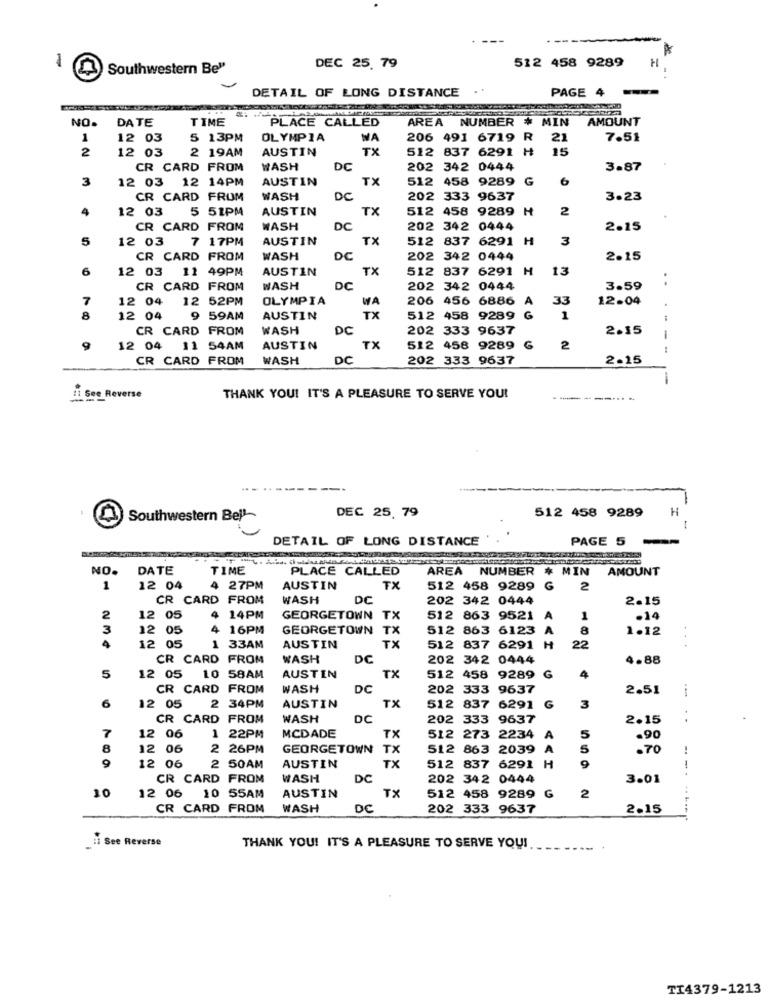
512 458 9289
1
Southwestern Be"
DEC 25. 79
DETAIL OF LONG DISTANCE
..
PAGE 4
NO.
DATE
TIME
PLACE CALLED
AREA NUMBER # MIN
AMOUNT
1
12 03
5 13PM
OLYMPIA
WA
206 491 6719 R 21
21
7.51
2
12 03
2 19AM
AUSTIN
TX
512 837 6291 H
15
CR CARD FROM
WASH
DC
202 342 0444
3.87
3
12 03 12 14PM
AUSTIN
TX
512 458 9289
G
6
CR CARD FROM
WASH
DC
202 333 9637
3.23
4
12 03
5 51PM
AUSTIN
TX
512 458 9289 H
2
CR CARD FROM
WASH
DC
202 342 0444
2.15
5
12 03
7 17PM
AUSTIN
TX
512 837 6291 H
3
CR CARD FROM
WASH
202 342 0444
2.15
6
12 03 11 49PM
AUSTIN
Tx
512 837 6291 H
13
CR CARD FROM
WASH
DC
202 342 0444
3.59
7
12 04
12 52PM
OLYMPIA
WA
206 456 6886
A
33
12.04
8
12 04
9 59AM
AUSTIN
TX
512 458 9289 G
1
.-
CR CARD FROM
WASH
DC
202 333 9637
2.15
12 04 11 54AM
AUSTIN
TX
512 458 9289
G
2
:
CR CARD FROM
WASH
DC
202 333 9637
2.15
11 See Reverse
THANK YOU! IT'S A PLEASURE TO SERVE YOU!
....
DEC 25, 79
512 458 9289
H
Southwestern Bell-
DETAIL OF LONG DISTANCE
PAGE 5
NO.
DATE
TIME
PLACE CALLED
AREA NUMBER # MIN
AMOUNT
1
12 04
4 27PM
AUSTIN
TX
512 458 9289 G
2
CR CARD FROM
WASH
DC
202 342 0444
2.15
2
12 05
14PM
GEORGETOWN T
512 863 9521
A
1
.14
3
12 05
4
16PM
GEORGETOWN TX
512 863 6123
A
8
1.12
4
12 05
1 33AM
AUSTIN
TX
512 837 6291 H
22
...
CR CARD FROM
WASH
DC
202 342 0444
4.88
AUSTIN
5
12 05 10 58AM
TX
512 458 9289
G
4
CR CARD FROM
WASH
DC
202 333 9637
2.51
i
6
AUSTIN
3
12 05
:34PM
TX
512
837 6291 G
CR CARD FROM
WASH
DC
202 333 9637
2.15
7
TX
12 06
1 22PM
MCDADE
512 273 2234
A
5
.90
8
12 06
2 26PM
GEORGETOWN TX
512 863 2039 A
5
.70
9
TX
9
12 06
2 50AM
AUSTIN
512 837 6291 H
CR CARD FROM
WASH
DC
202 342 0444
3.01
TX
G
10
12 06 10 55AM
AUSTIN
512 458 9289
2
CR CARD FROM
WASH
DC
202 333 9637
2.15
:i See Reverse
THANK YOU! IT'S A PLEASURE TO SERVE YOU!
TI4379-1213